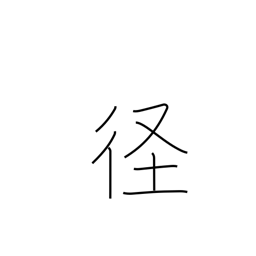
Meaning: diameter